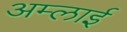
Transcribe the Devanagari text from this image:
अम्लाई